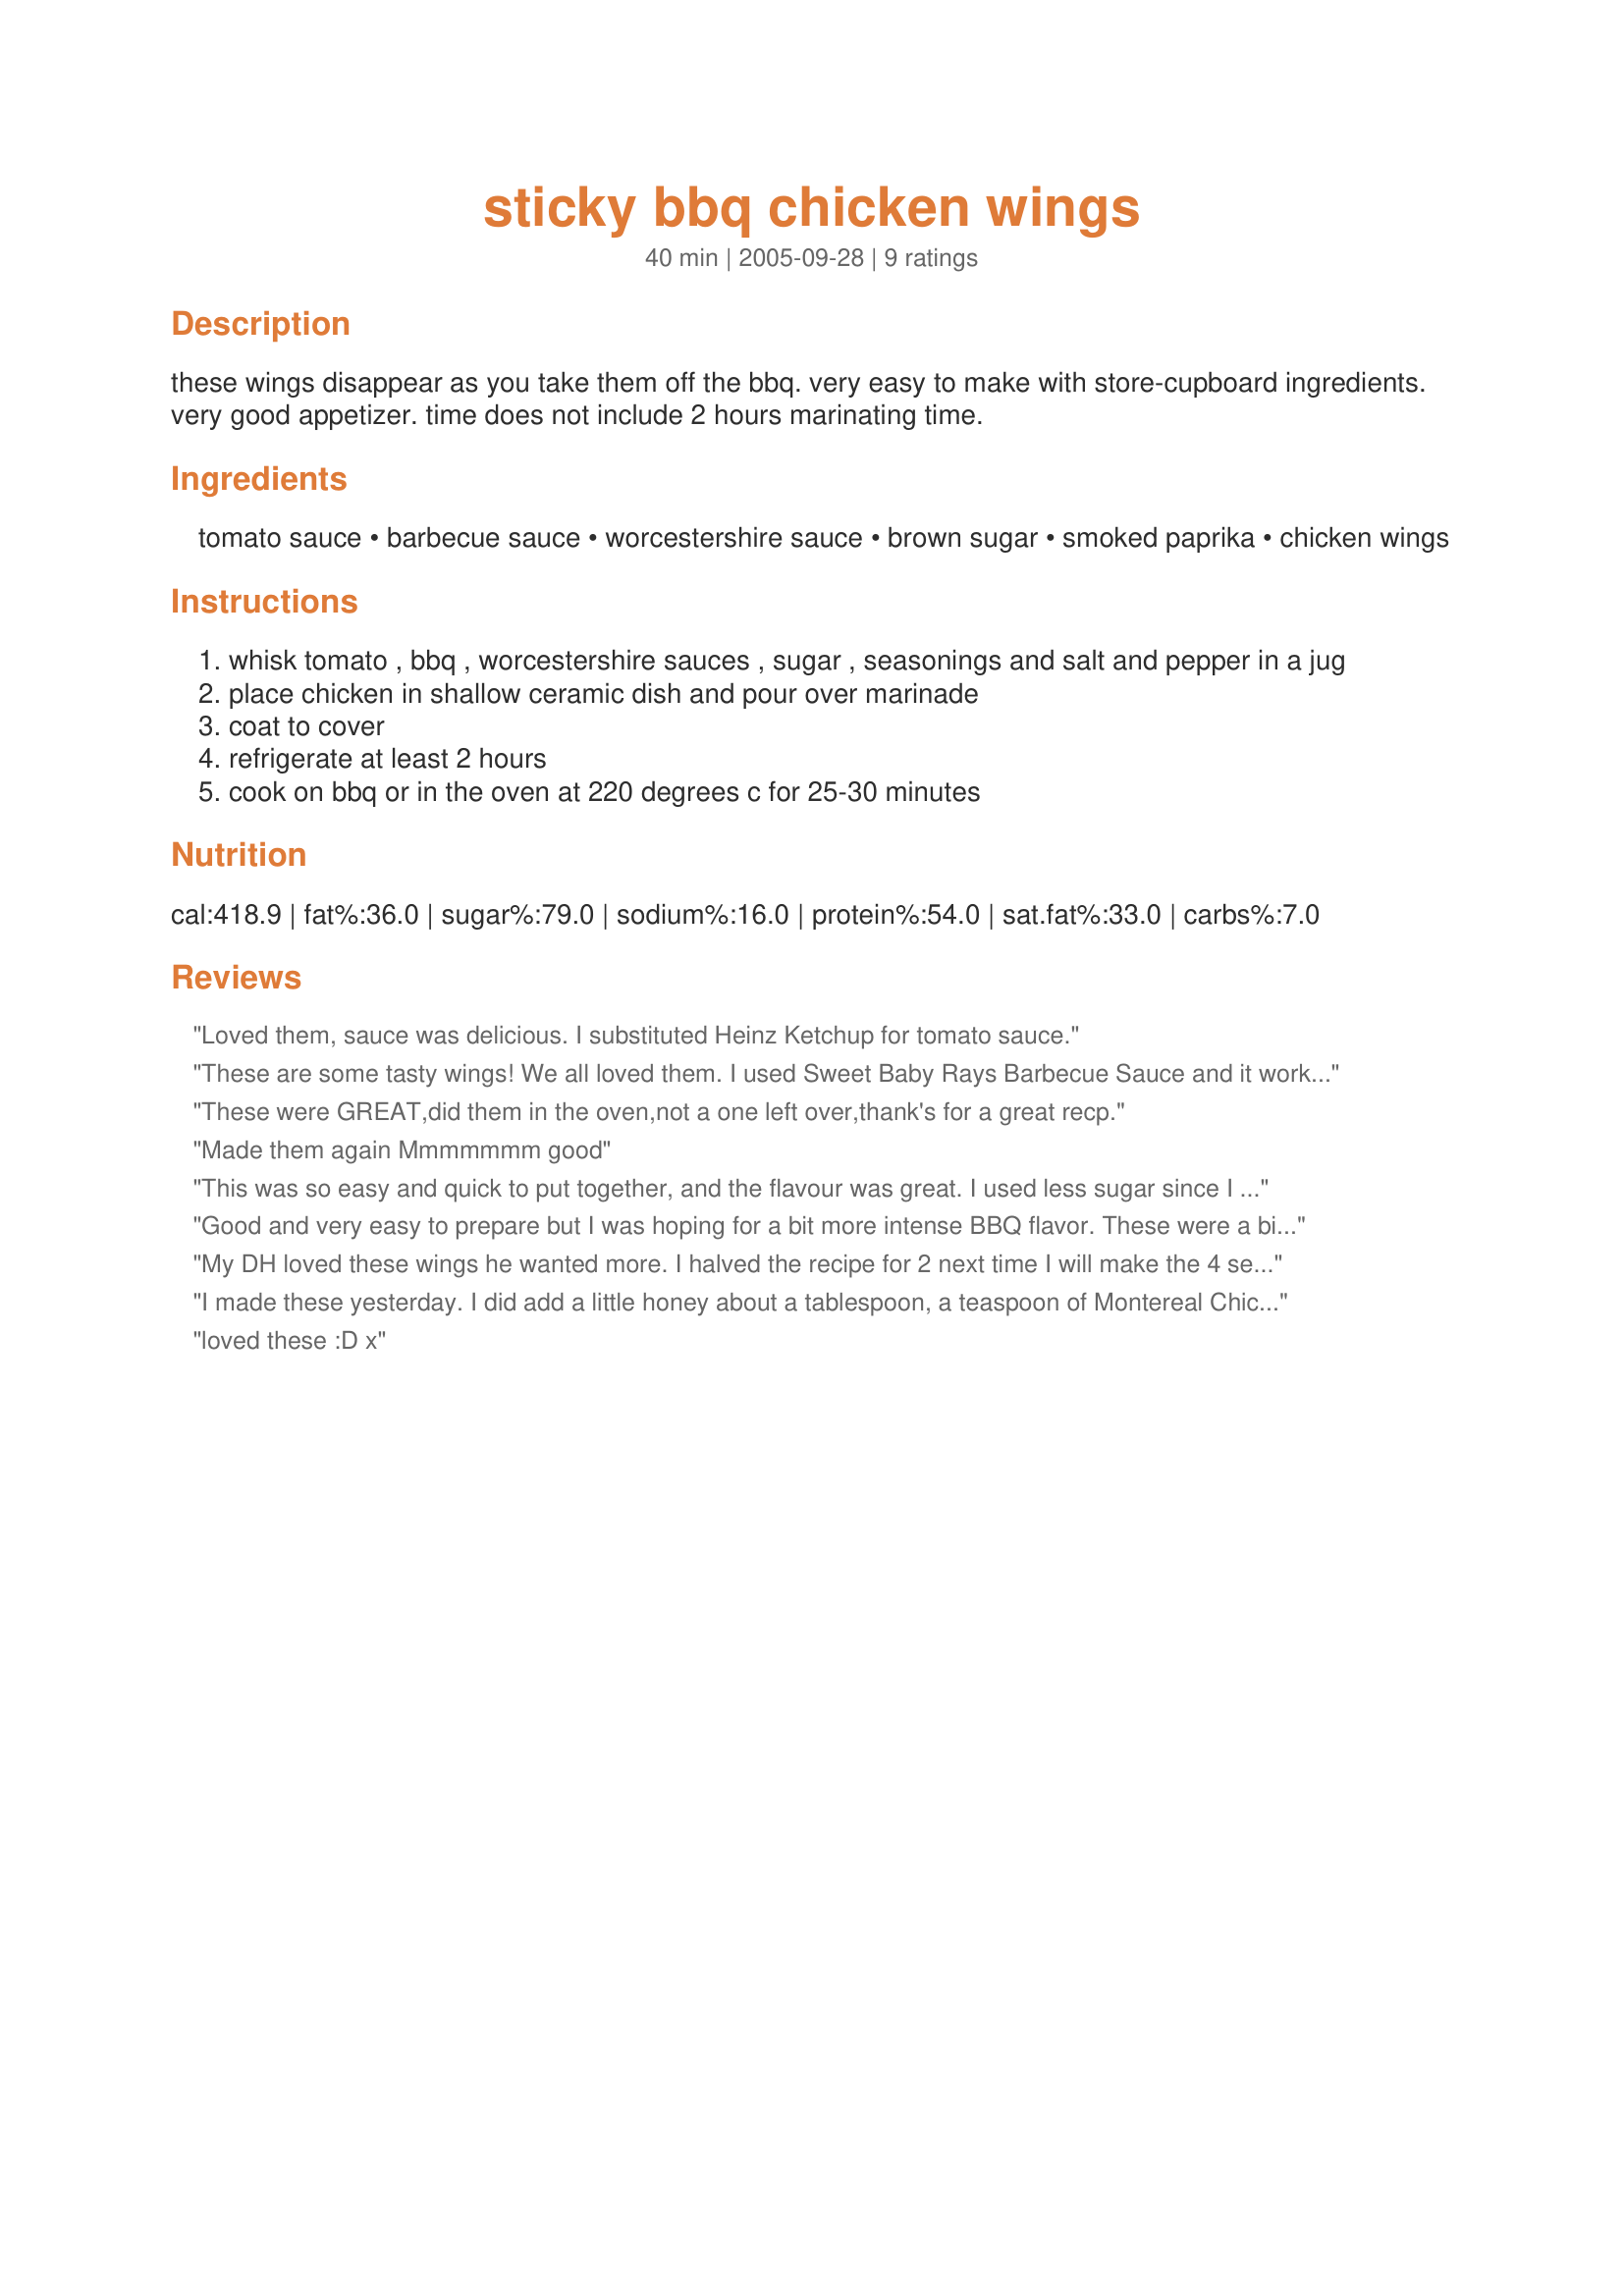
sticky bbq chicken wings
Preparation time: 40 minutes

these wings disappear as you take them off the bbq. very easy to make with store-cupboard ingredients. very good appetizer.
time does not include 2 hours marinating time.

Ingredients:
tomato sauce, barbecue sauce, worcestershire sauce, brown sugar, smoked paprika, chicken wings

Steps:
whisk tomato , bbq , worcestershire sauces , sugar , seasonings and salt and pepper in a jug
place chicken in shallow ceramic dish and pour over marinade
coat to cover
refrigerate at least 2 hours
cook on bbq or in the oven at 220 degrees c for 25-30 minutes

Reviews:
Loved them, sauce was delicious. I substituted Heinz Ketchup for tomato sauce.
These are some tasty wings! We all loved them. I used Sweet Baby Rays Barbecue Sauce and it worked fine. The taste of these little babies keep you coming back for more. I could eat these once a week and never get sick of them! Excellent recipe Wendy!
These were GREAT,did them in the oven,not a one left over,thank's for a great recp.
Made them again Mmmmmmm good
This was so easy and quick to put together, and the flavour was great. I used less sugar since I didn't want it too sweet. Thanks!
Good and very easy to prepare but I was hoping for a bit more intense BBQ flavor. These were a bit too sweet for our tastes. Maybe next time I'll add some cayenne or chipotle to balance out the sweet.
My DH loved these wings he wanted more. I halved the recipe for 2 next time I will make the 4 serves. Fantastic.
I made these yesterday. I did add a little honey about a tablespoon, a teaspoon of Montereal Chicken seasoing but otherwised followed everything elese. We loved these tasty wings.
Thanks for the recipe.
loved these :D x
